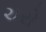
ચરો